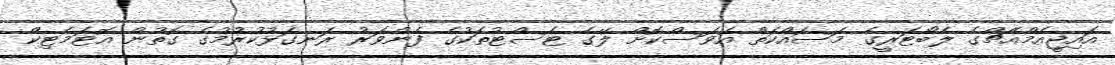
އައިޖީއެމްއެޗްގެ ލެބޯޓަރީގެ މަސައްކަތް އަވަސްކޮށް ލޭގެ ޓެސްޓުތަކުގެ ފެންވަރު ރަނގަޅުކުރުމުގެ ގޮތުން އޮޓަމެޓިކް